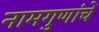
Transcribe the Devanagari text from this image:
नामगुणांचें